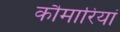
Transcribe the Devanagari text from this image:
कौमारियां